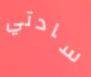
سادتي